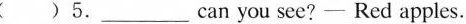
( )5.___can you see?—Red apples.